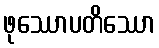
ဖုဿောပတိဿော